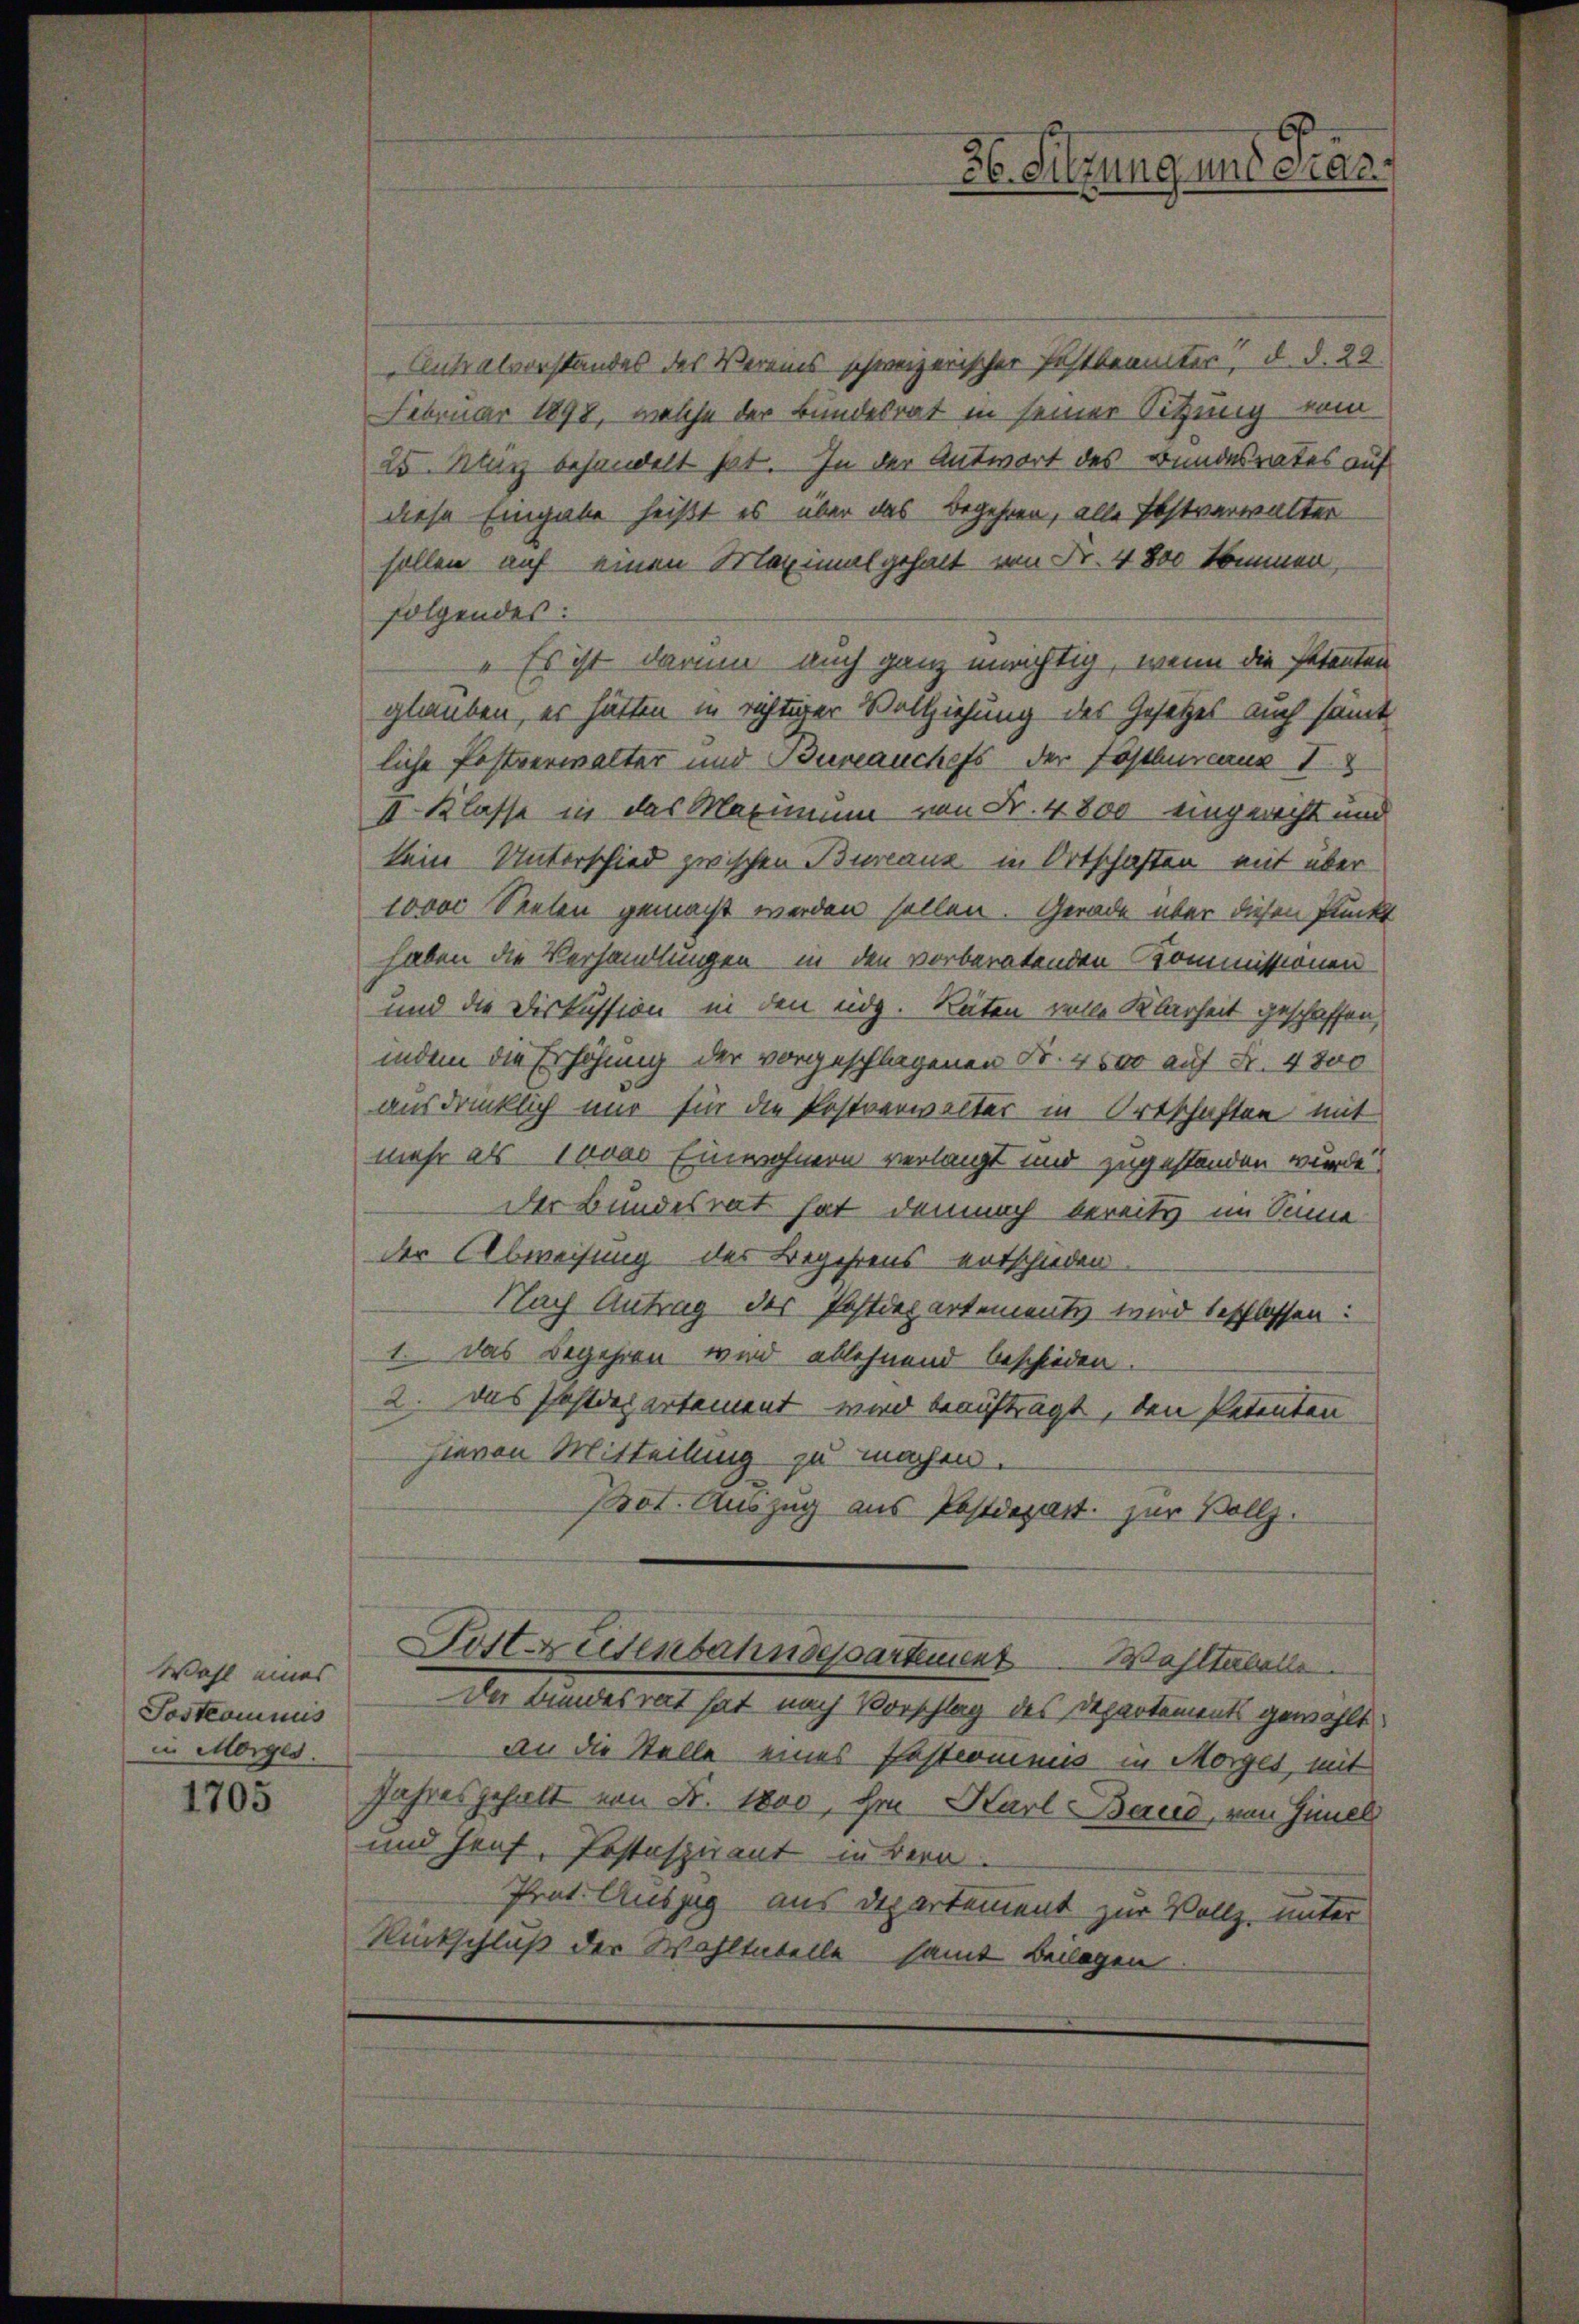
Wohl eines
Sostromnis
in Morges.

1705

Antralvorstandes des Vereins schweizerischer Festbeamter“, d. d. 22.
Februar 1898, welche der Bundesrat in seiner Sitzung vom
25 Klarz behandelt hat. In der Antwort des Bundesrates auf
diese Eingabe heißt es über das Begehren, alle Erstverwalter
sollen auf einen Maximal gehalt von Fr. 4800 kommen,
folgendes:
„Es ist darum auch ganz unrichtig, wenn die Petenten
glauben, er hätten in richtiger Vollziehung des Gesetzes auch sämt
liche Postverwalter und Bureauchefs der Postbureaus I
II. Klasse in das Maximum von Fr. 4800 eingericht und
kein Unterschied zwischen Bureaux in Ortschaften mit über
10000 Seelen gemacht werden sollen. Gerade über diesen Punkt
haben die Verhandlungen in den vorberatenden Kommissionen
und die Diskussion in den eidg. Räten volle Klarheit geschaffen,
indem die Erhöhung der vorgeschlagenen Fr. 4500 auf Fr. 4800
ausdrücklich nur für die Postverwalter in Ortschaften mit
mehr als 10000 Einwohnern verlangt und zugestanden wurde
Der Bundesrat hat demnach bereits im Sinne
der Abweisung des Begehrens entschieden
Nach Antrag der Festdepartementen wird beschlossen:
1. Das Begehren wird ablehnend beschieden.
2. Das Postdepartement wird beaufträgt, den Petenten
hievon Mitteilung zu machen.
Prot. Auszug aus Postdepart zur Vollz.
Post zusenbahndepartement Wohltue
Der Bundesrat hat nach Vorschlag des Departements gewählt
an die Stelle eines Pastronimus in Morges, mit
Jahresgehalt von Fr. 1800, ihr Karl Berud, von Gimel
und Genf, Pestasnant in Bern.
Prot. Auszug aus Departement zur Vollz, unter
Rückschluß der Wahltatelle samt Bewegen

26. Silzung und Fran